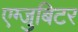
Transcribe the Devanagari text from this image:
एग्जुबिटर